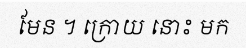
មែន ។ ក្រោយ នោះ មក